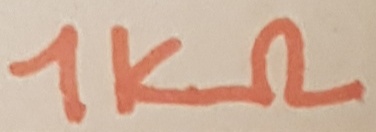
Text: 1KΩ